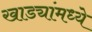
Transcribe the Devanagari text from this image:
खाड्यांमध्ये